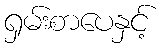
ရှမ်းစာပေနှင့်